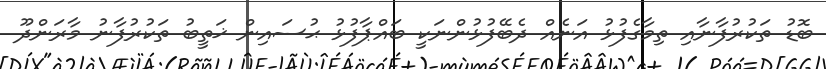
ބޮޑު ތަކުރުފާނާއި ތިމާގެފުޅު އަނެއް ދެބޭފުޅުންނަކީ ބައްޕާފުޅު ޙުސައިން ޚަތީބު ތަކުރުފާނު މާރަންދޫ